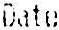
DATE